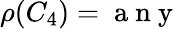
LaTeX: \rho(C_{4})=\mathrm{~a~n~y~}